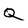
Character: Q